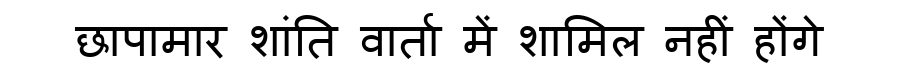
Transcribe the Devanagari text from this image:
छापामार शांति वार्ता में शामिल नहीं होंगे